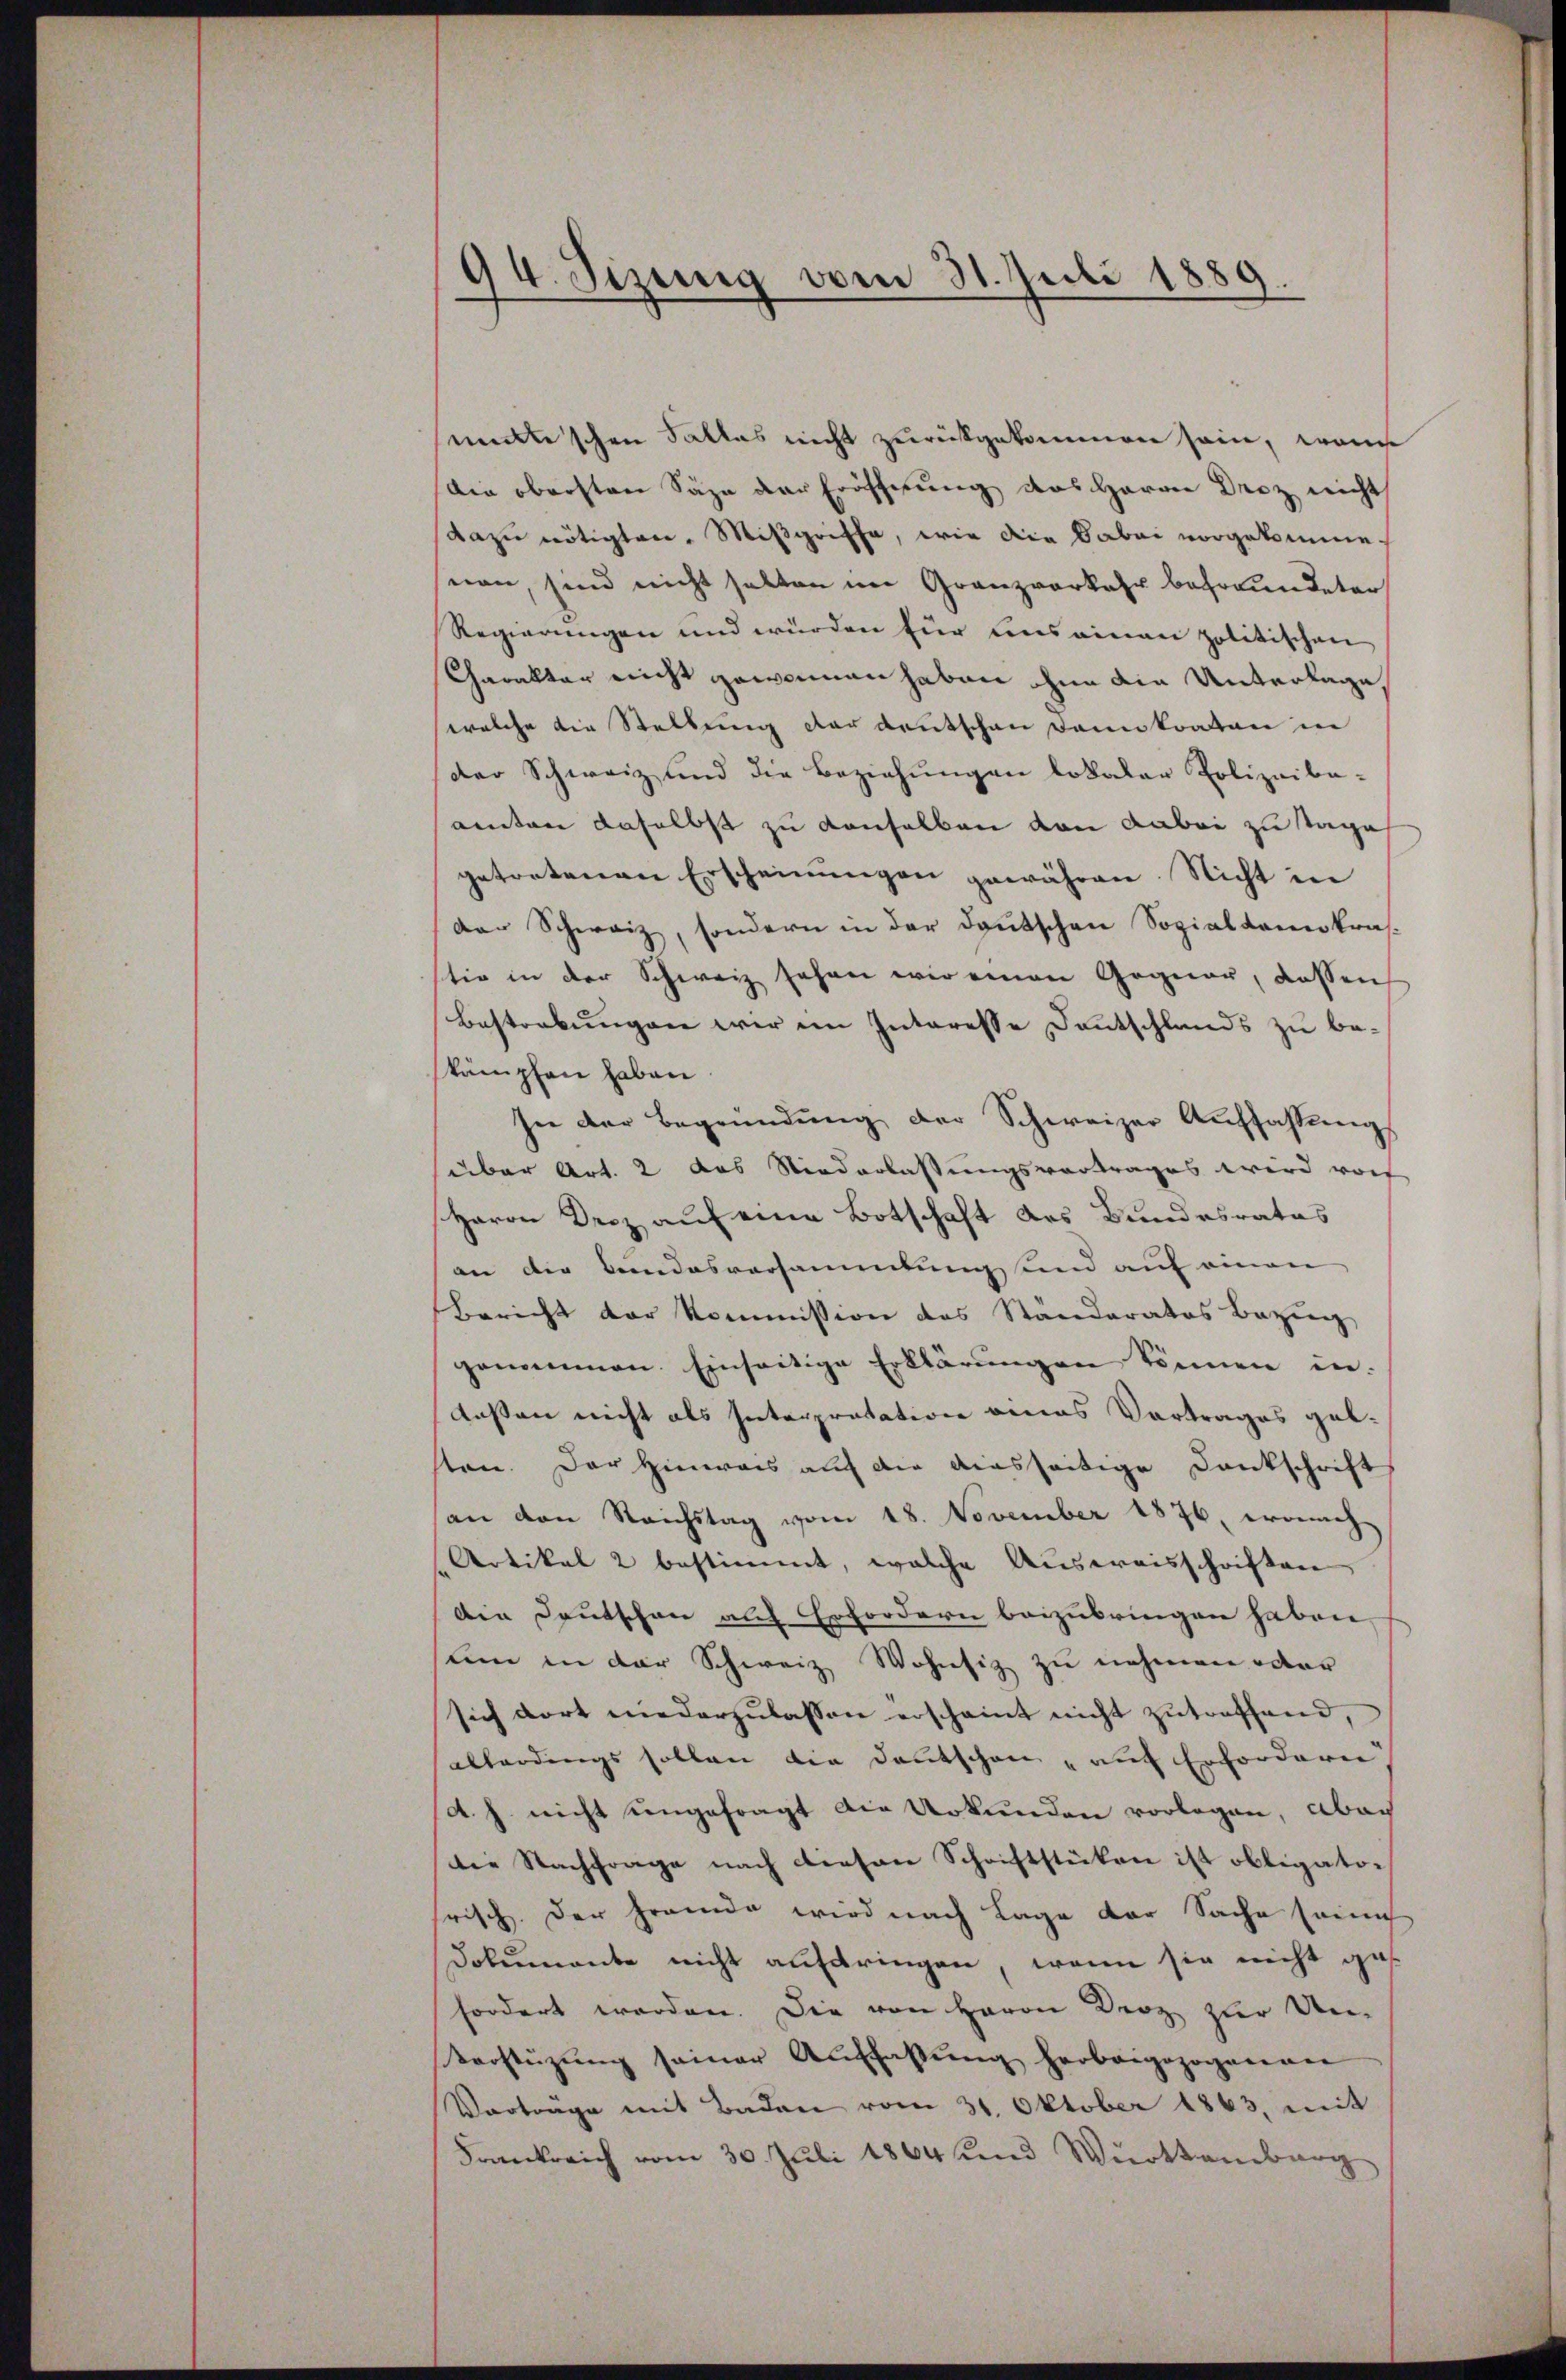
94. Sizung vom 31. Juli 1889.

sematischen Falles nicht zurückgekommen sein, wenn
Die obersten Säge der Eröffnung des Herrn Droz nicht
dazu nötigten. Mißgriffe, wie die Babei vorgekomme
snen, sind nicht halten im Granzverkehr befreundeter
Regierungen und würden für uns ainan politischen
Charakter nicht gewonnen haben ohne die Unterlage,
welche die Stellung der deutschen Dannkraten in
Der Schweiz und die Beziehungen lokaler Polizeiba-
aeten daselbst zu denselben von dabei zu Tage
getretenen Erscheinungen gewähren. Nicht in
der Schweiz, sondern in der deutschen Sozialdemokrasstio in der Schweiz sehen wir einen Gegner, dassen
Bestrebungen wir im Interesse Deutschlands zu bekämpfen haben
In der Begründung der Schweizer Auffassungs
über Art. 2 das Niederlassungsvortrages wird vor
Herrn Decz auf eine Botschaft des Bundesrates
an die Bandesversammlung und auf einen
Bericht der Kommission des Ständeratos Bezug
genommen. Einseitige Erklärŭngen können in-
lassen nicht als Interpretation eines Vortrages geb.
sten. Der Hinweis auf die diesseitige Dankschrift
an den Reichstag vom 18. November 1876, wonach
Artikel 2 bestimmt, welche Ausweisschriften
Die Deutschen auf Erfordern beizubringen haben
un in der Schweiz. Wohnsiz zu nehmen oder
sich dort niederzulassen erscheint nicht zutreffend,
allerdings sollen die Deutschen „auf Erforderer
A. h. nicht ungefragt die Urkunden vorlegen, aber
Die Nachfrage nach diesen Schriftstücken ist obligator
frisch. Der Fremde wird nach Lage der Sache sach
Dokumente nicht aufdringen, wenn sie nicht ges
fordert worden. Die von Herrn Droz zur Un-
Verstüzung seiner Auffassung herbeigezogenan
Vortrage mit Baden vom 31. Oktober 1863, mit
Frankreich vom 30. Juli 1864 und Württemberg